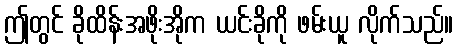
ဤတွင် ခိုထိန်းအဖိုးအိုက ယင်းခိုကို ဖမ်းယူ လိုက်သည်။